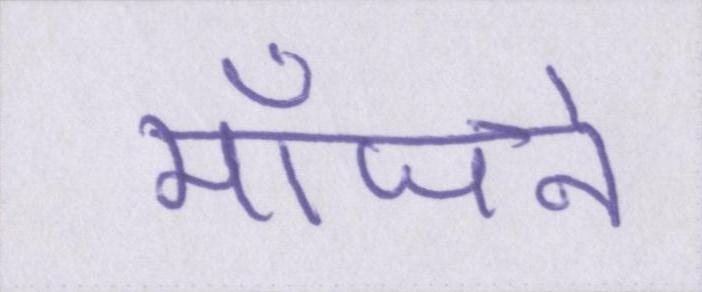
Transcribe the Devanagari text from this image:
मांजने